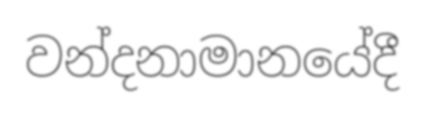
වන්දනාමානයේදී